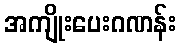
အကျိုးပေးဂဏန်း